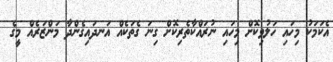
އެކަމަކު މިހައި ހަލުވިކޮށް މިހައި ނުރައްކާތެރިކޮށް ގިނަ ގެތަކެއް އަނދައިގެންދާ މަންޒަރެއް މީގެ